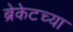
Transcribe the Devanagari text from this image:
ब्रेकेटच्या